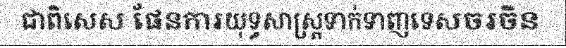
ជាពិសេស ផែនការយុទ្ធសាស្ត្រទាក់ទាញទេសចរចិន